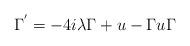
LaTeX: \begin{align*} \Gamma^{'} = -4i\lambda \Gamma +u - \Gamma u \Gamma\end{align*}